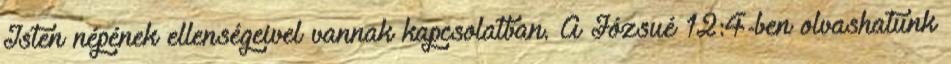
Isten népének ellenségeivel vannak kapcsolatban. A Józsué 12:4-ben olvashatunk